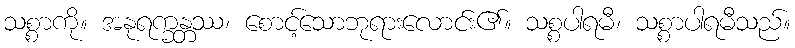
သစ္စာကို။ အနုရက္ခန္တဿ၊ စောင့်သောဘုရားလောင်း၏။ သစ္စပါရမီ၊ သစ္စာပါရမီသည်။